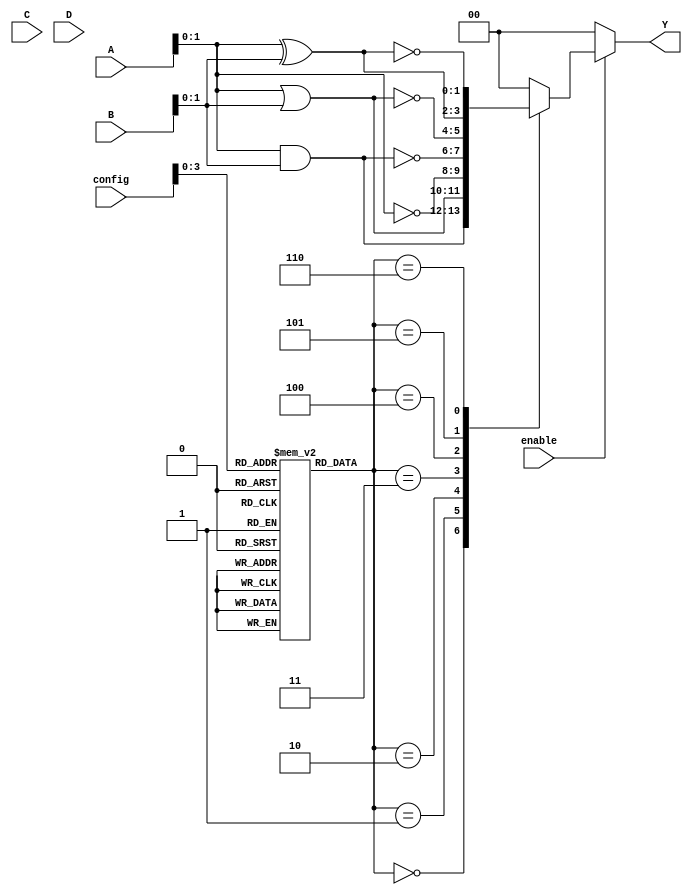
module combinational_logic_block (
    input wire [3:0] A,          // 4-bit input signals
    input wire [3:0] B,          // 4-bit input signals
    input wire [3:0] C,          // 4-bit input signals
    input wire [3:0] D,          // 4-bit input signals
    input wire [7:0] config,     // Configuration bits for logic functions
    input wire enable,            // Enable signal
    output wire [1:0] Y          // 2-bit output signals
);

// Internal signals
wire [3:0] sram_out;            // Output from SRAM
wire [3:0] mux_out;             // MUX output

// SRAM configuration (for simplicity, we use a register instead of actual SRAM)
reg [3:0] sram [0:15];          // 16 SRAM cells, each 4 bits wide

// Initialize SRAM with some default values (for simulation purposes)
initial begin
    sram[0] = 4'b0000; // AND
    sram[1] = 4'b0001; // OR
    sram[2] = 4'b0010; // NOT
    sram[3] = 4'b0011; // NAND
    sram[4] = 4'b0100; // NOR
    sram[5] = 4'b0101; // XOR
    sram[6] = 4'b0110; // XNOR
    // Additional configurations can be added
end

// SRAM read operation
assign sram_out = sram[config];

// MUX logic to select output based on SRAM configuration
always @(*) begin
    if (enable) begin
        case (sram_out)
            4'b0000: mux_out = A & B;  // AND
            4'b0001: mux_out = A | B;  // OR
            4'b0010: mux_out = ~A;     // NOT (using A as input)
            4'b0011: mux_out = ~(A & B); // NAND
            4'b0100: mux_out = ~(A | B); // NOR
            4'b0101: mux_out = A ^ B;  // XOR
            4'b0110: mux_out = ~(A ^ B); // XNOR
            default: mux_out = 4'b0000; // Default case
        endcase
    end else begin
        mux_out = 4'b0000; // If not enabled, output is zero
    end
end

// Assign outputs
assign Y = mux_out[1:0]; // Output the lower 2 bits

endmodule